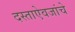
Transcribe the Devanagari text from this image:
दस्ताऐवजांचे